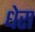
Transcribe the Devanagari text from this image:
धेरा